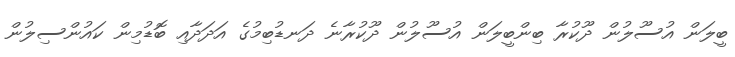
ބީލަން އުސޫލުން ދޫކުރާ ބިންބީލަން އުސޫލުން ދޫކުރާނެ ދަނޑުބިމުގެ އަދަދާއި ބޮޑުމިން ކައުންސިލުން